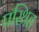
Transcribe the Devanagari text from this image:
पस्थित